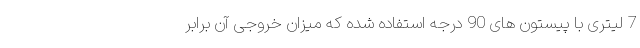
7 لیتری با پیستون های 90 درجه استفاده شده که میزان خروجی آن برابر